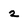
Character: 2